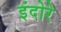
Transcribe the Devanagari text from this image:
इंदोरे